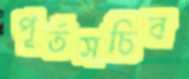
পূর্তসচিব